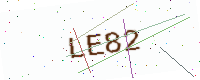
Text: LE82